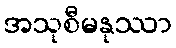
အသုစီမနုဿာ